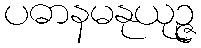
ပဓာနမနုယုဉ္ဇ